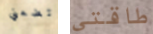
تضعني طاقتي